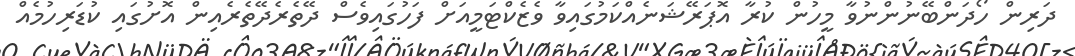
ދަރިން ހޯދަންބޭނުންނުވާ މީހުން ކުރާ އޮޕަރޭޝަނެއްކަމުގައިވާ ވެޒެކްޓަމީއަށް ފަހުގައިވެސް ދޭތެރެދޭތެރެއިން އޮށުގައި ކުޑަރިހުމެއް